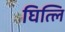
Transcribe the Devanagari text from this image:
घित्लि